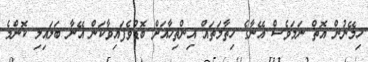
ހިމޭނުން އޮތް ނަމަވެސް އޭނާގެ ހިތާމަތައް އިންތިހާއަށް ބޮޑުވެފައިވާކަން އޭނާ ބަލައިލި ކޮންމެ